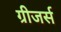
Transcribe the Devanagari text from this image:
ग्रीजर्स